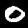
Digit: 0